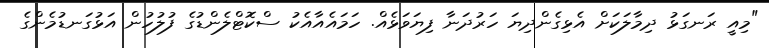
"މިއީ ރަނގަޅު ދިމާލަކަށް އެޅިގެންދިޔަ ހަރުދަނާ ފިޔަވަޅެއް. ހަމައެއާއެކު ސްކޮޓްލެންޑުގެ ފުލުހުން އަޅުގަނޑުމެންގެ